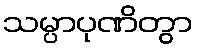
သမ္ပာပုဏိတွာ